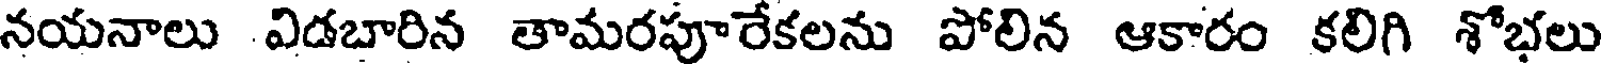
నయనాలు విడబారిన తామరపూరేకలను పోలిన ఆకారం కలిగి శోభలు